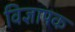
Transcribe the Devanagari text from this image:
विज्ञापक